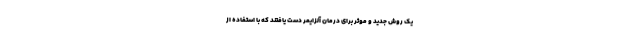
یک روش جدید و موثر برای درمان آلزایمر دست یافتند که با استفاده از